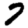
Digit: 7